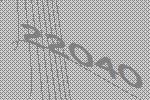
22040